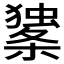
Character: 𰘼